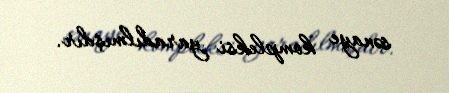
sənaye kompleksi yaradılmışdır.